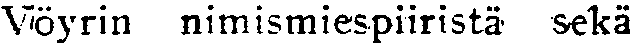
Vöyrin nimismiespiiristä sekä